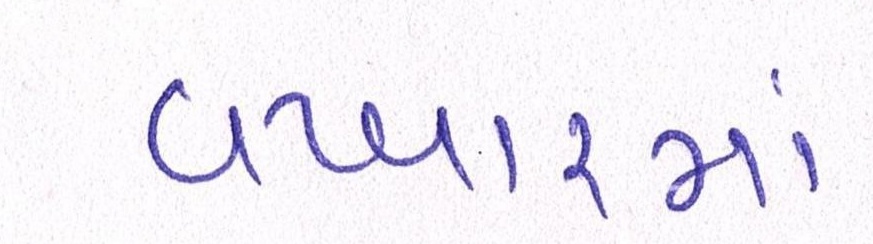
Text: વખારમાં